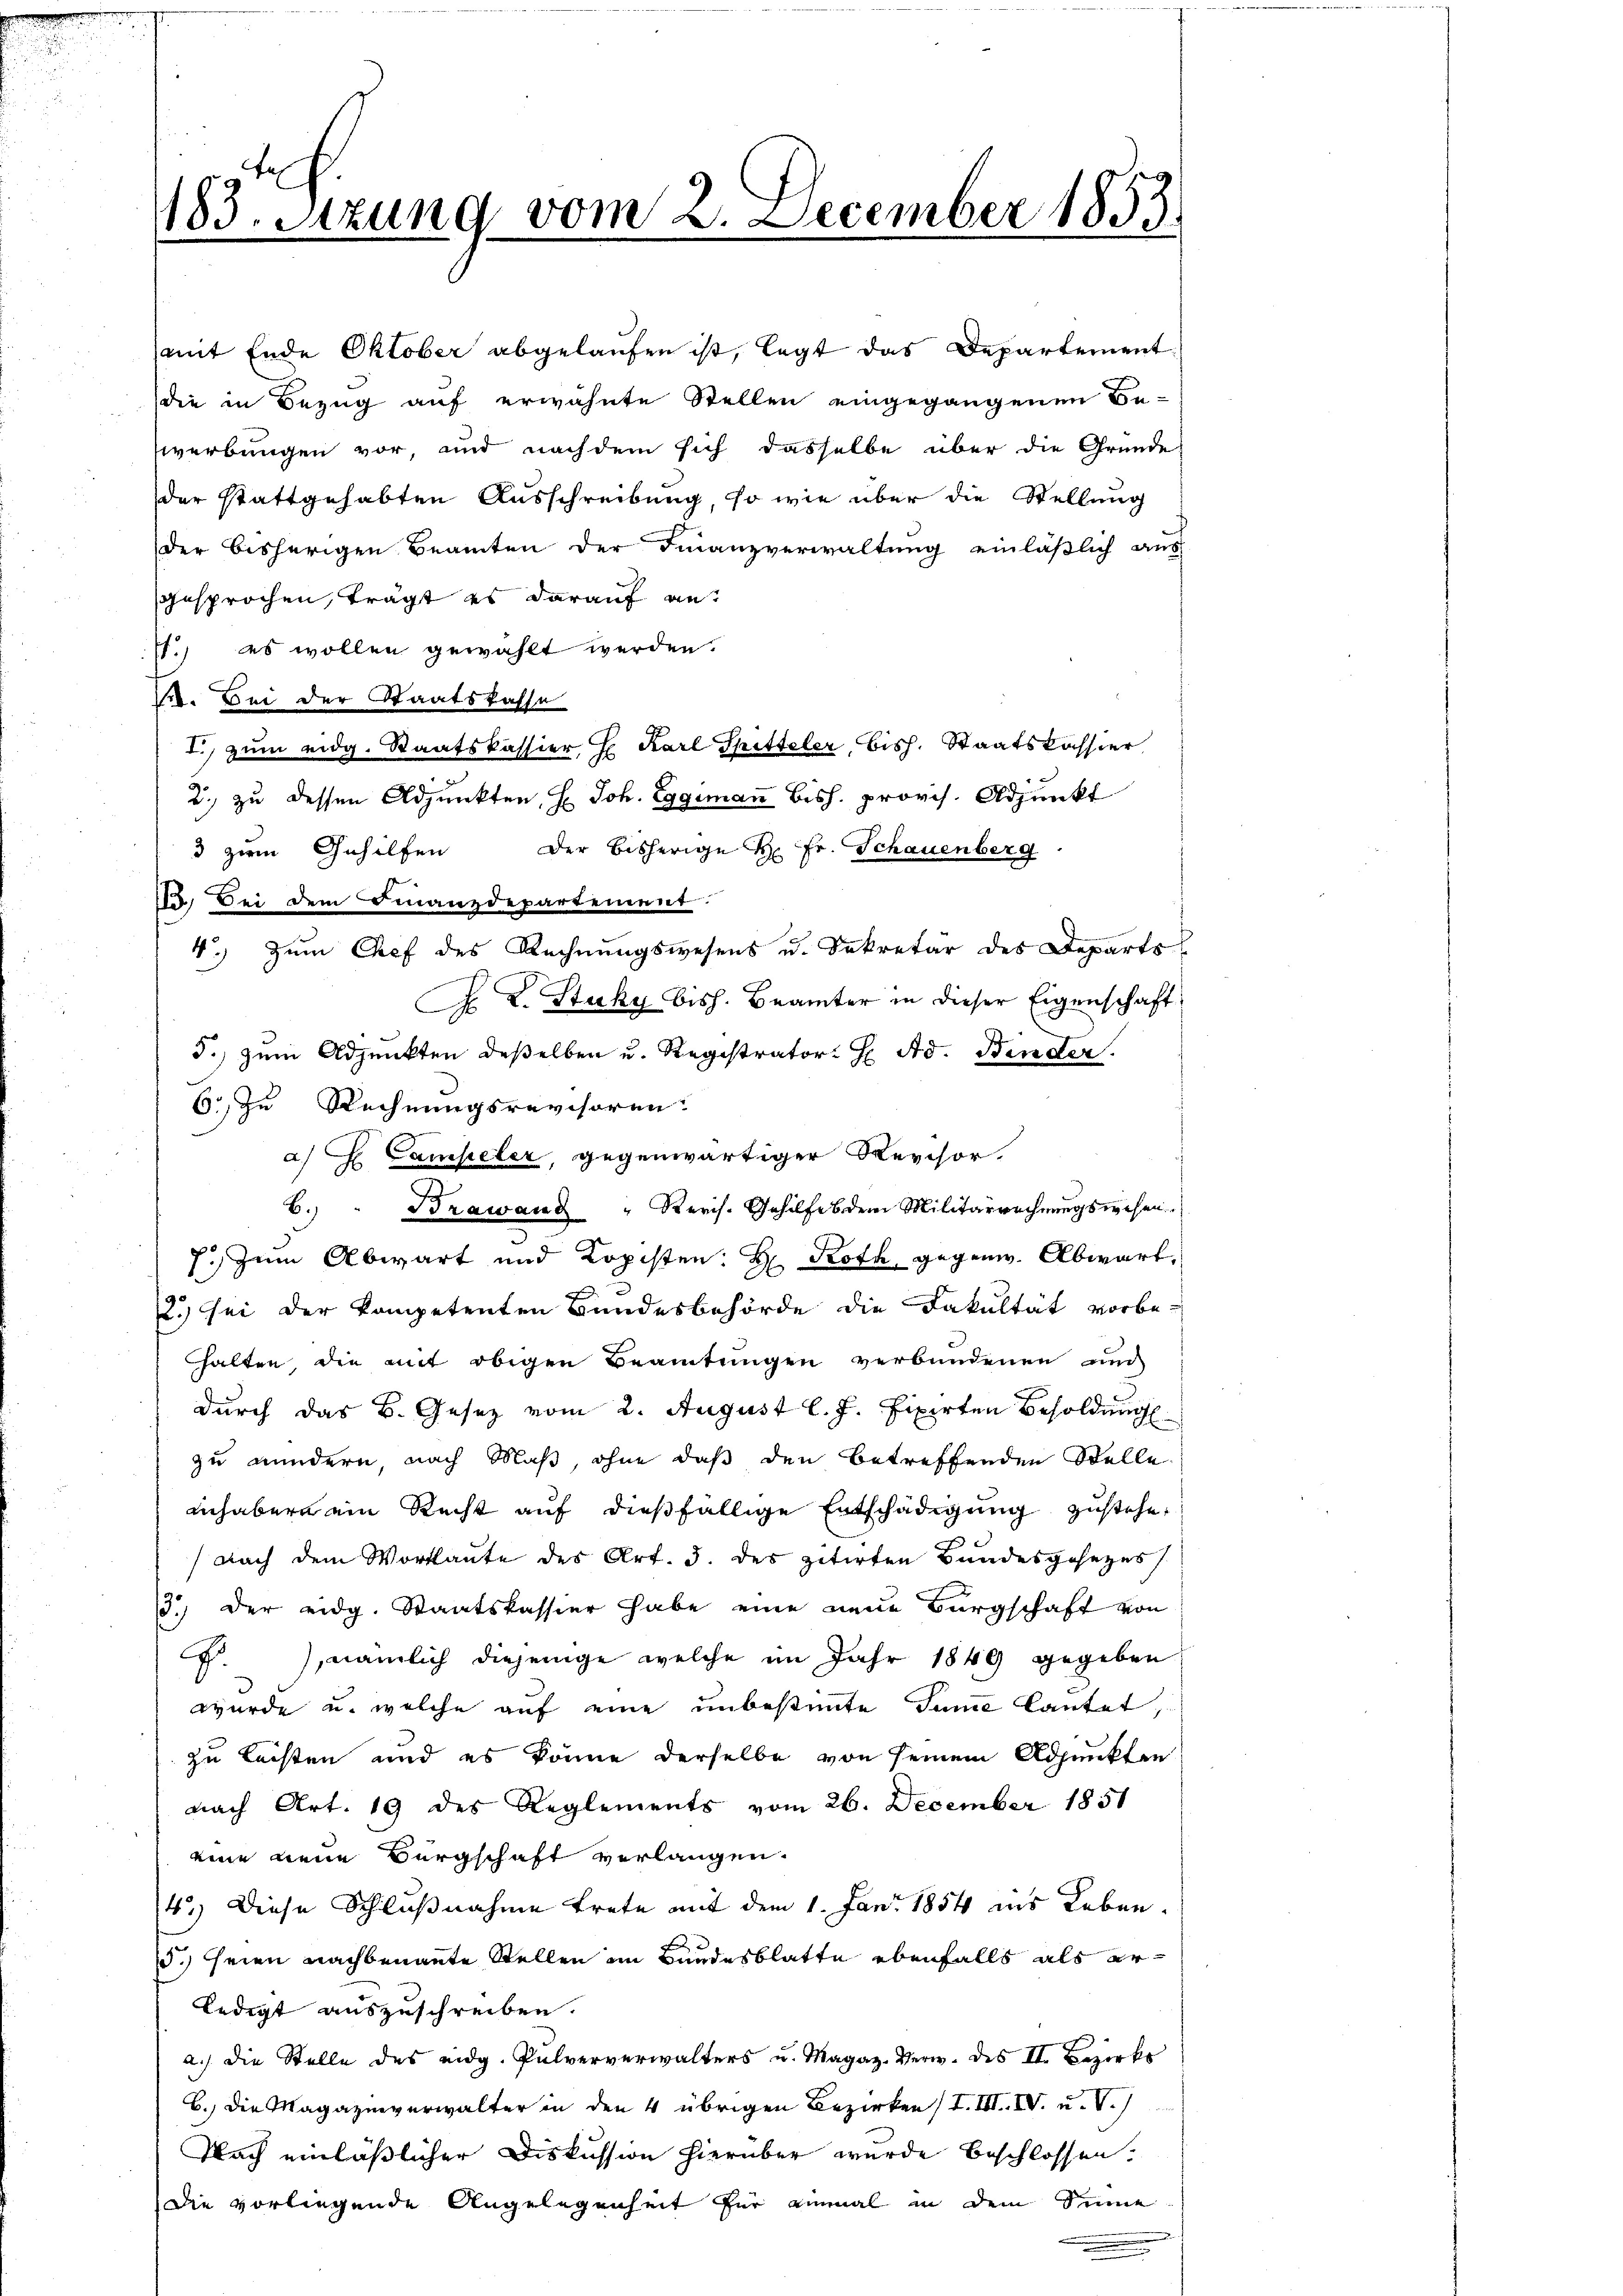
183. Sitzung vom 2. December 1853.

(mit Ende Oktober abgelaufen ist, legt das Departement
die in Bezug auf erwähnte Stellen eingegangenen Be-
werbungen vor, und nachdem sich dasselbe über die Gründe
der stattgehabten Ausschreibung, so wie über die Stellung
der bisherigen Beamten der Finanzverwaltung einläßlich aus
gesprochen, trägt es darauf ant
s.) es wollen gewählt werden.
B. Bei der Staatskasse
I.) zum eidg. Staatskassier h. Karl Spitteler, bish. Staatskassier
2.) zu dessen Adjunkten, H. Joh. Eggimann bish. provis. Adjunkt
3 zum Gehilfen der bisherige H. Fr. Schauenberg
115. Bei dem Finanzdepartement.
4.) Zum Chef des Rechnungswesens u. Sekretär des Departs
F. L. Stucky bish. Beamter in dieser Eigenschaft
d.) zum Adjunkten deßelben u. Registrator H. Ad. Binder.
6 zu Rechnungsrevisoren.
a) H Campeler, gegenwärtiger Revisor.
6. " Brawang " Revis. Gehilfe dem Militärrechnŭngswesen.
7. Zum Abwart und Kopisten: H. Roth gegenw. Abwart,
e
2.) Sei der kompetenten Bundesbehörde die Fakultät vorbe-
halten die mit obigen Beamtungen verbundenen und
durch das B. Gesetz vom 2. August l. J. fixirten Besoldung
zu mindern, nach Maß ohne daß den betreffenden Stelle
inhaber ein Recht auf dießfällige Entschädigung zustehe,
(nach dem Wortlaute des Art. 3. des zitirten Bundesgesezes
3.) der eidg. Staatskassier habe eine neue Bürgschaft von
f.), nämlich diejenige welche im Jahr 1849 gegeben
wurde u. welche auf eine unbestimmte Summe lautet,
zu leisten und es könne derselbe von seinem Adjunkten
nach Art. 19 des Reglements vom 26. December 1851
eine neue Bürgschaft verlangen.
4.) Diese Schlußnahme trete mit dem 1. Jan. 1854 ins Leben¬
.) seien nachbenannte Stellen im Bundesblatte ebenfalls als erledigt auszuschreiben.
a.) die Stelle des eidg. Pulververwalters u. Magaz. Verw. des II. Bezirks
B.) Die Magazinverwalter in den 4 übrigen Bezirken I. III. VV. u. V.)
Nach einläßlicher Diskussion hierüber wurde beschlossen.
Die vorliegende Angelegenheit für einmal in dem Sinne